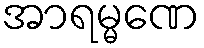
အာရမ္မဏေ